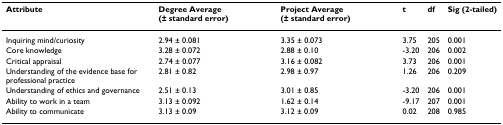
| Attribute | Degree Average (± standard error) | Project Average (± standard error) | t | df | Sig (2-tailed) |
 | --- | --- | --- | --- | --- | --- |
 | Inquiring mind/curiosity | 2.94 ± 0.081 | 3.35 ± 0.073 | 3.75 | 205 | 0.001 |
 | Core knowledge | 3.28 ± 0.072 | 2.88 ± 0.10 | -3.20 | 206 | 0.002 |
 | Critical appraisal | 2.74 ± 0.077 | 3.16 ± 0.082 | 3.73 | 206 | 0.001 |
 | Understanding of the evidence base for professional practice | 2.81 ± 0.82 | 2.98 ± 0.97 | 1.26 | 206 | 0.209 |
 | Understanding of ethics and governance | 2.51 ± 0.13 | 3.01 ± 0.85 | -3.20 | 206 | 0.001 |
 | Ability to work in a team | 3.13 ± 0.092 | 1.62 ± 0.14 | -9.17 | 207 | 0.001 |
 | Ability to communicate | 3.13 ± 0.09 | 3.12 ± 0.09 | 0.02 | 208 | 0.985 |